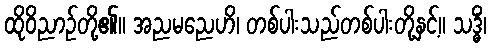
ထိုဝိညာဉ်တို့၏။ အညမညေဟိ၊ တစ်ပါးသည်တစ်ပါးတို့နှင့်။ သဒ္ဓိံ၊